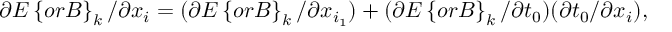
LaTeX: \partial E \left\{ o r B \right\} _ { k } / \partial x _ { i } = ( \partial E \left\{ o r B \right\} _ { k } / \partial x _ { i _ { 1 } } ) + ( \partial E \left\{ o r B \right\} _ { k } / \partial t _ { 0 } ) ( \partial t _ { 0 } / \partial x _ { i } ) ,